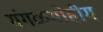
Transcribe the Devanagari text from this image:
मंगळमोहीम